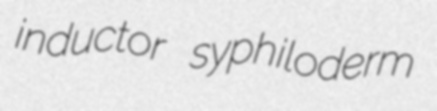
inductor syphiloderm